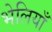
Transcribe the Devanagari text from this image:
भेलियाँ